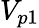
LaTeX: V_{p1}